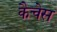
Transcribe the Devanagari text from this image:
कैचेस